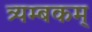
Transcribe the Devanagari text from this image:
त्र्यम्‍बकम्